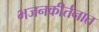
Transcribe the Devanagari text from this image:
भजनकीर्तनात